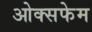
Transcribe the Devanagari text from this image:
ओक्सफेम